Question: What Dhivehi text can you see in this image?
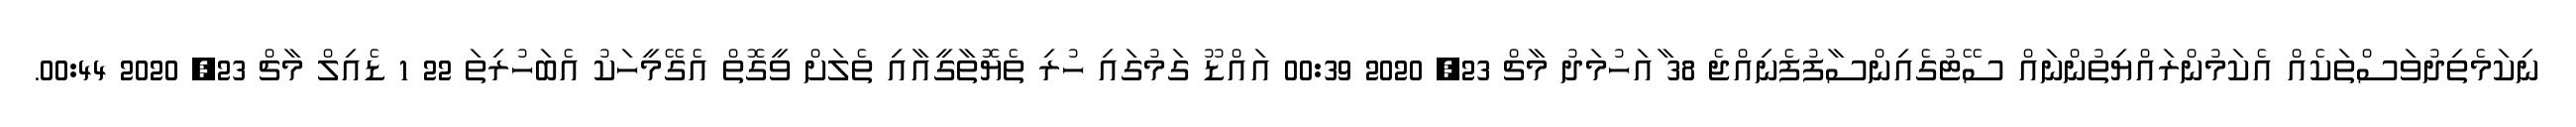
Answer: ނިކަމެތިދުވަސްތަކެއް އެކަމުންރައްޔިތުންނައް ސޭޓުގެއިންސާފުފެނިއްޖެ 38 ާއަހުމަދު މާޗް 23, 2020 00:39 އައްޑޫ ގަމުގައި ހުރި ތެޔޮތާގީއާއި ތެލަށް ވީގޮތް އެގޭމީހަކު އެބަހުރިތަ 22 1 ޑެއިލް މާޗް 23, 2020 00:44.